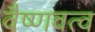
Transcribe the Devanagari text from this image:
वैष्णवत्व